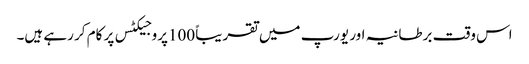
اس وقت برطانیہ اور یورپ میں تقریباً 100پروجیکٹس پر کام کر رہے ہیں۔